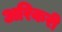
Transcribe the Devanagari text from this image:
अरिकरी